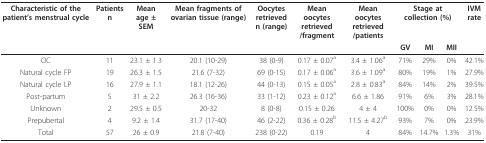
<table><thead><tr><td><b>Characteristic of the patient&#x27;s menstrual cycle</b></td><td><b>Patientsn</b></td><td><b>Mean age ± SEM</b></td><td><b>Mean fragments of ovarian tissue (range)</b></td><td><b>Oocytes retrievedn (range)</b></td><td><b>Mean oocytes retrieved/fragment</b></td><td><b>Mean oocytes retrieved/patients</b></td><td colspan="3"><b>Stage at collection (%)</b></td><td><b>IVM rate</b></td></tr><tr><td></td><td></td><td></td><td></td><td></td><td></td><td></td><td><b>GV</b></td><td><b>MI</b></td><td><b>MII</b></td><td></td></tr></thead><tbody><tr><td>OC</td><td>11</td><td>23.1 ± 1.3</td><td>20.1 (10-29)</td><td>38 (0-9)</td><td>0.17 ± 0.07<sup>a</sup></td><td>3.4 ± 1.06<sup>a</sup></td><td>71%</td><td>29%</td><td>0%</td><td>42.1%</td></tr><tr><td>Natural cycle FP</td><td>19</td><td>26.3 ± 1.5</td><td>21.6 (7-32)</td><td>69 (0-15)</td><td>0.17 ± 0.06<sup>a</sup></td><td>3.6 ± 1.09<sup>a</sup></td><td>80%</td><td>19%</td><td>1%</td><td>27.9%</td></tr><tr><td>Natural cycle LP</td><td>16</td><td>27.9 ± 1.1</td><td>18.1 (12-26)</td><td>44 (0-13)</td><td>0.15 ± 0.05<sup>a</sup></td><td>2.8 ± 0.83<sup>a</sup></td><td>84%</td><td>14%</td><td>2%</td><td>39.5%</td></tr><tr><td>Post-partum</td><td>5</td><td>31 ± 2.2</td><td>26.3 (16-36)</td><td>33 (1-12)</td><td>0.23 ± 0.12<sup>a</sup></td><td>6.6 ± 1.86</td><td>91%</td><td>6%</td><td>3%</td><td>28.1%</td></tr><tr><td>Unknown</td><td>2</td><td>29.5 ± 0.5</td><td>20-32</td><td>8 (0-8)</td><td>0.15 ± 0.26</td><td>4 ± 4</td><td>100%</td><td>0%</td><td>0%</td><td>12.5%</td></tr><tr><td>Prepubertal</td><td>4</td><td>9.2 ± 1.4</td><td>31.7 (17-40)</td><td>46 (2-22)</td><td>0.36 ± 0.28<sup>b</sup></td><td>11.5 ± 4.27<sup>b</sup></td><td>93%</td><td>7%</td><td>0%</td><td>23.9%</td></tr><tr><td>Total</td><td>57</td><td>26 ± 0.9</td><td>21.8 (7-40)</td><td>238 (0-22)</td><td>0.19</td><td>4</td><td>84%</td><td>14.7%</td><td>1.3%</td><td>31%</td></tr></tbody></table>